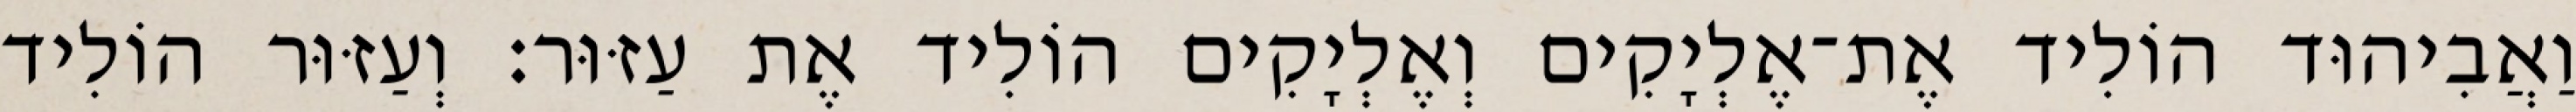
וַאֲבִיהוּד הוֹלִיד אֶת־אֶלְיָקִים וְאֶלְיָקִים הוֹלִיד אֶת עַזּוּר׃ וְעַזּוּר הוֹלִיד